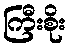
ကြီးစိုး